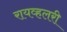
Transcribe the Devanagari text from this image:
रायव्हलरी